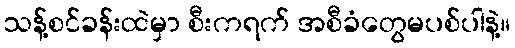
သန့်စင်ခန်းထဲမှာ စီးကရက် အစီခံတွေမပစ်ပါနဲ့။